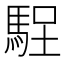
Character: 𱄘